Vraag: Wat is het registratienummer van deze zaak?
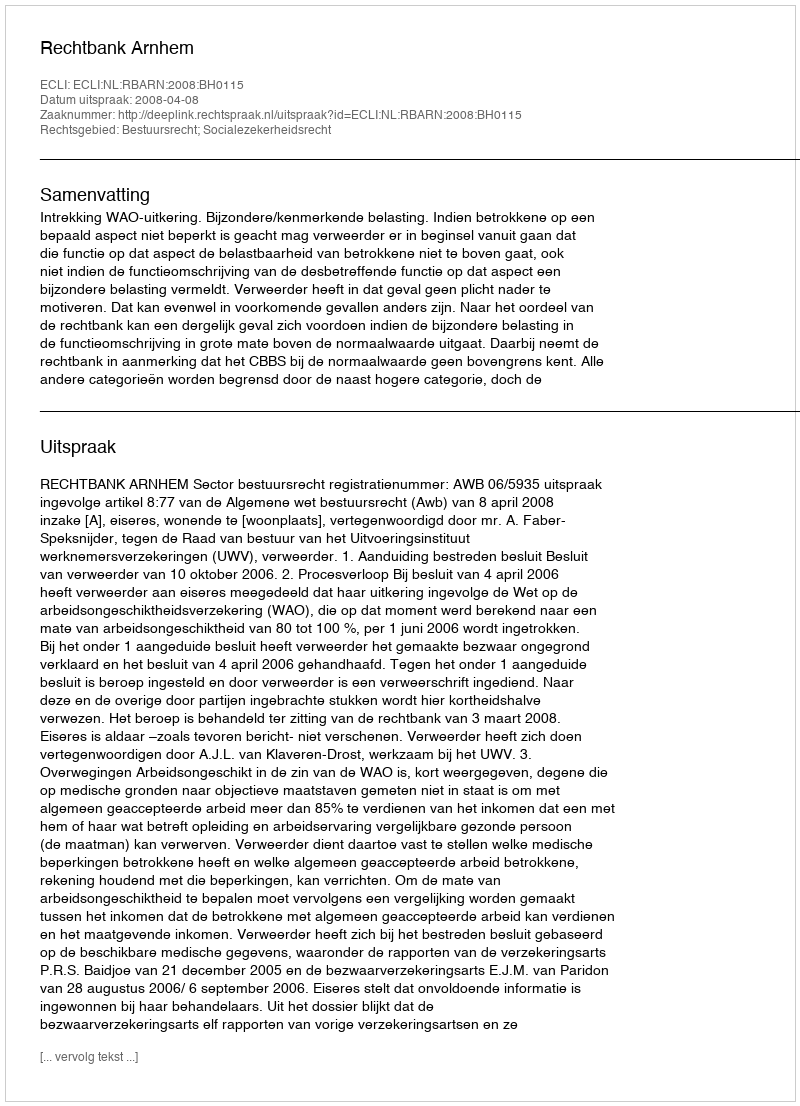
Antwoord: http://deeplink.rechtspraak.nl/uitspraak?id=ECLI:NL:RBARN:2008:BH0115